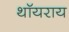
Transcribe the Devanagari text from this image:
थॉयराय